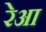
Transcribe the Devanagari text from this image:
रेआ